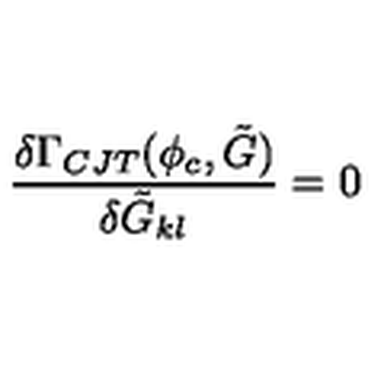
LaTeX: \frac { \delta \Gamma _ { C J T } ( \phi _ { c } , \tilde { G } ) } { \delta \tilde { G } _ { k l } } = 0